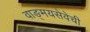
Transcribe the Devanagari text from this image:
वाङ्‌मयसेवेची